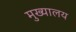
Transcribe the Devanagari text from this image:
मुख्यालय